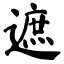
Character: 遮